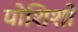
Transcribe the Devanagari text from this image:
पोशिशों